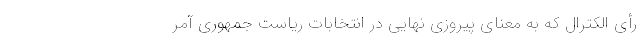
رأی الکترال که به معنای پیروزی نهایی در انتخابات ریاست جمهوری آمر